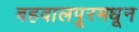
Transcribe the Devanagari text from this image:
बहवालपूरमधून